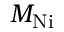
M _ { \mathrm { N i } }